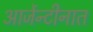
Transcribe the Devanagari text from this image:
आर्जेन्टीनात